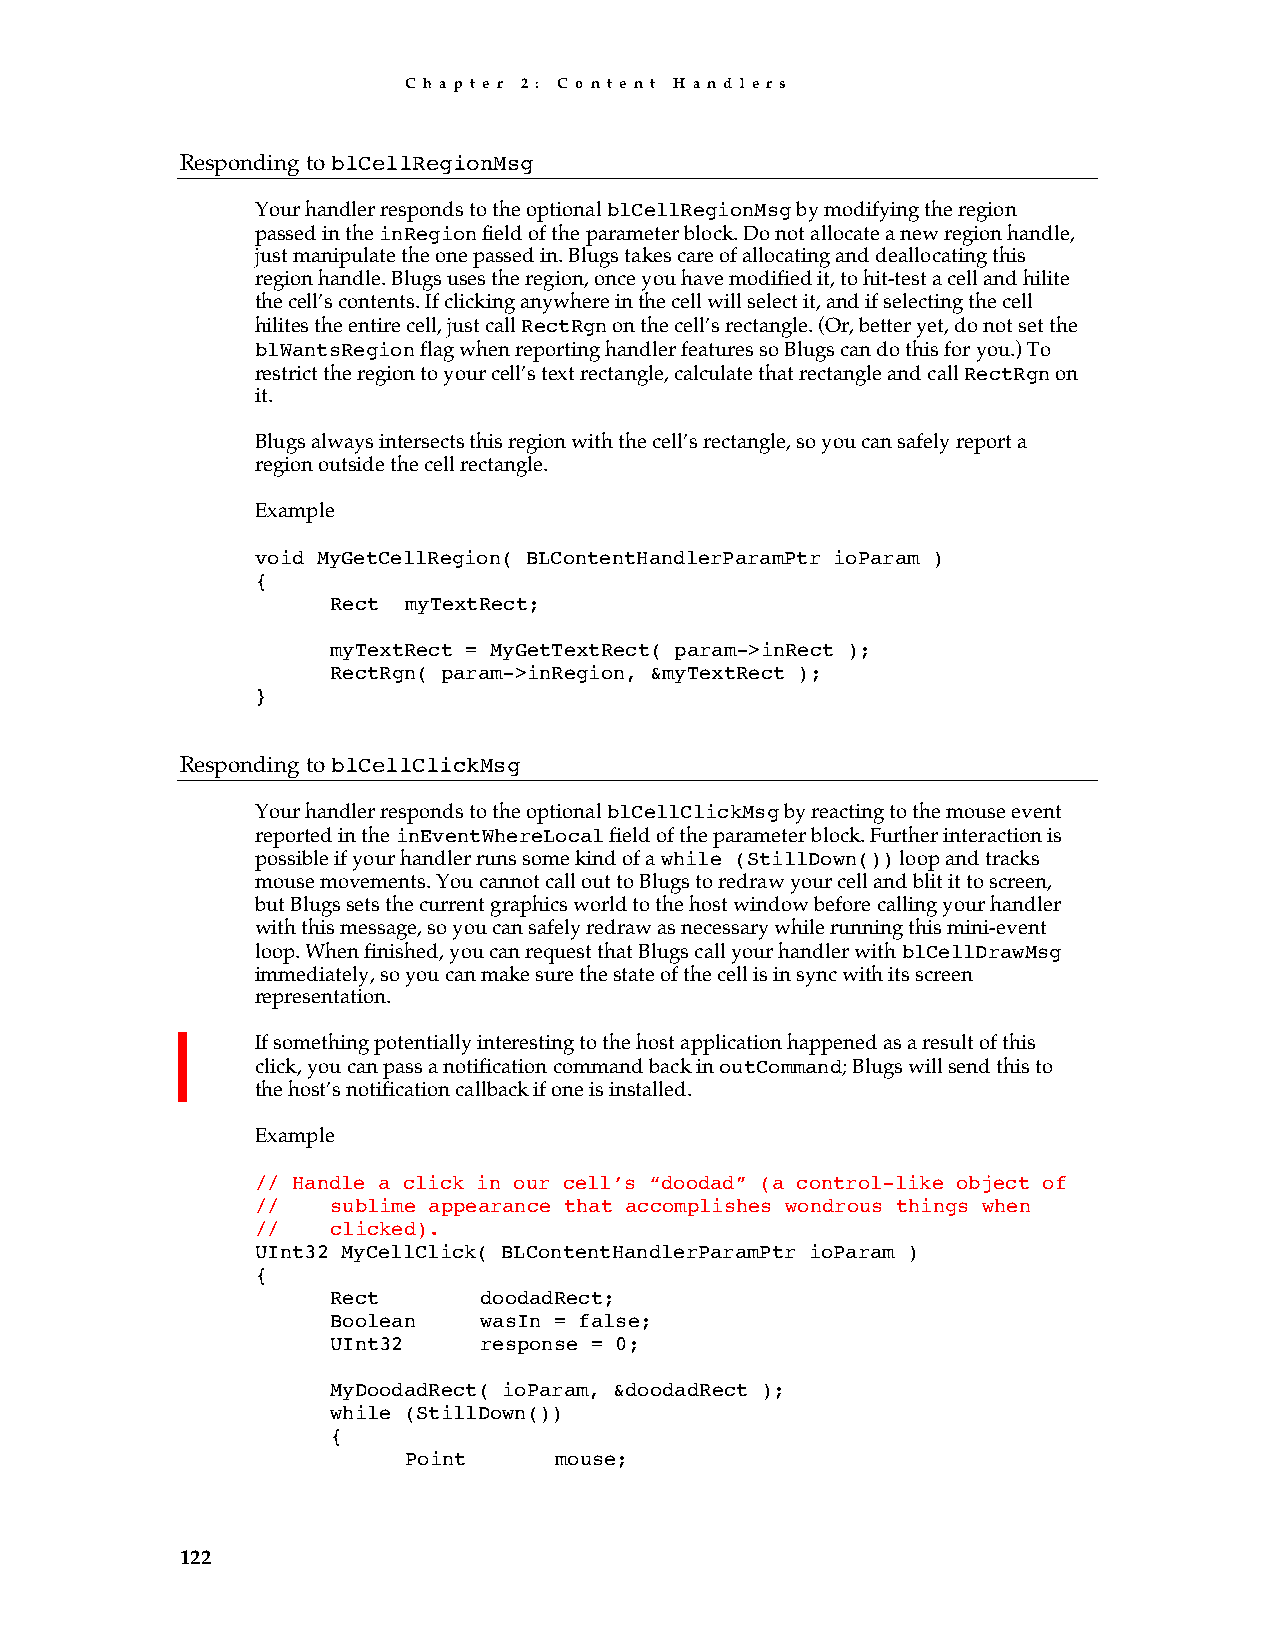
C h a p t e r 2 : C o n t e n t H a n d l e r s
 Responding to blCellRegionMsg
 Your handler responds to the optional blCellRegionMsg by modifying the region
 passed in the inRegion field of the parameter block. Do not allocate a new region handle,
 just manipulate the one passed in. Blugs takes care of allocating and deallocating this
 region handle. Blugs uses the region, once you have modified it, to hit-test a cell and hilite
 the cell’s contents. If clicking anywhere in the cell will select it, and if selecting the cell
 hilites the entire cell, just call RectRgn on the cell’s rectangle. (Or, better yet, do not set the
 blWantsRegion flag when reporting handler features so Blugs can do this for you.) To
 restrict the region to your cell’s text rectangle, calculate that rectangle and call RectRgn on
 it.
 Blugs always intersects this region with the cell’s rectangle, so you can safely report a
 region outside the cell rectangle.
 Example
 void MyGetCellRegion( BLContentHandlerParamPtr ioParam )
 {
 Rect myTextRect;
 myTextRect = MyGetTextRect( param->inRect );
 RectRgn( param->inRegion, &myTextRect );
 }
 Responding to blCellClickMsg
 Your handler responds to the optional blCellClickMsg by reacting to the mouse event
 reported in the inEventWhereLocal field of the parameter block. Further interaction is
 possible if your handler runs some kind of a while (StillDown()) loop and tracks
 mouse movements. You cannot call out to Blugs to redraw your cell and blit it to screen,
 but Blugs sets the current graphics world to the host window before calling your handler
 with this message, so you can safely redraw as necessary while running this mini-event
 loop. When finished, you can request that Blugs call your handler with blCellDrawMsg
 immediately, so you can make sure the state of the cell is in sync with its screen
 representation.
 If something potentially interesting to the host application happened as a result of this
 click, you can pass a notification command back in outCommand; Blugs will send this to
 the host’s notification callback if one is installed.
 Example
 // Handle a click in our cell’s “doodad” (a control-like object of
 //   sublime appearance that accomplishes wondrous things when
 //   clicked).
 UInt32 MyCellClick( BLContentHandlerParamPtr ioParam )
 {
 Rect      doodadRect;
 Boolean   wasIn = false;
 UInt32    response = 0;
 MyDoodadRect( ioParam, &doodadRect );
 while (StillDown())
 {
 Point     mouse;
 122